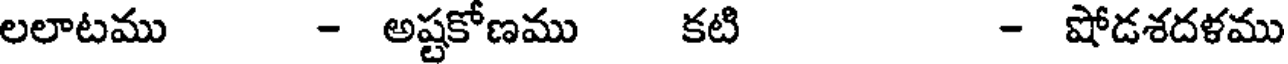
లలాటము - అష్టకోణము కటి - షోడశదళము